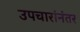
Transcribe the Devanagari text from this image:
उपचारांनंतर